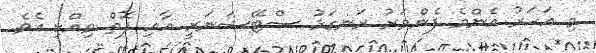
މި އަހަރު އެންމެ ފެންވަރު ރަނގަޅު ސްޓޭޝަނަރީ އާއި ފޮތް ވިއްކި އެވެ.